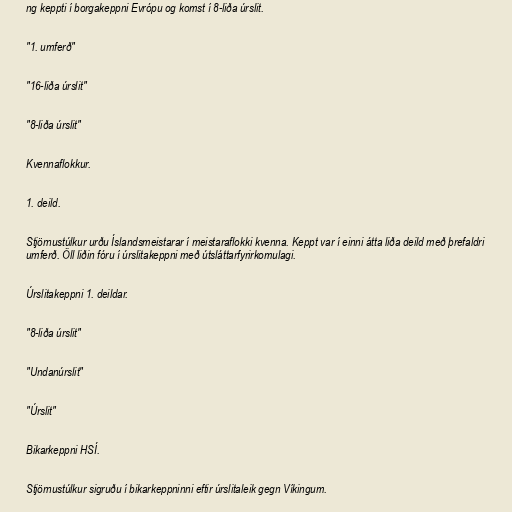
ng keppti í borgakeppni Evrópu og komst í 8-liða úrslit.

"1. umferð"

"16-liða úrslit"

"8-liða úrslit"

Kvennaflokkur.

1. deild.

Stjörnustúlkur urðu Íslandsmeistarar í meistaraflokki kvenna. Keppt var í einni átta liða deild með þrefaldri
umferð. Öll liðin fóru í úrslitakeppni með útsláttarfyrirkomulagi.

Úrslitakeppni 1. deildar.

"8-liða úrslit"

"Undanúrslit"

"Úrslit"

Bikarkeppni HSÍ.

Stjörnustúlkur sigruðu í bikarkeppninni eftir úrslitaleik gegn Víkingum.